Report of the Bombay Veterinary College
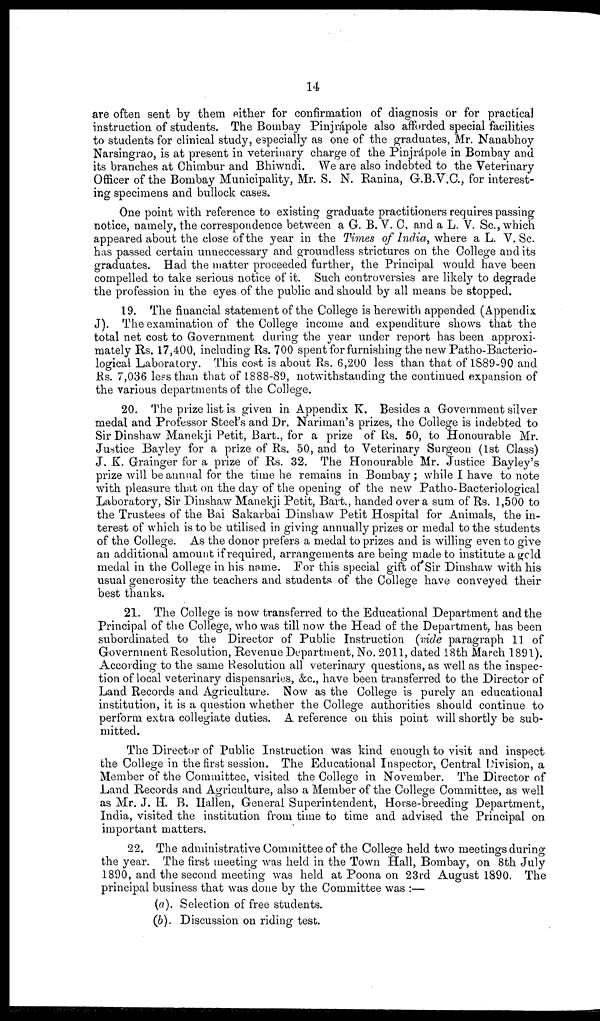
14
are often sent by them either for confirmation of diagnosis or for practical
instruction of students. The Bombay Pinjrápole also afforded special facilities
to students for clinical study, especially as one of the graduates, Mr. Nanabhoy
Narsingrao, is at present in veterinary charge of the Pinjrápole in Bombay and
its branches at Chimbur and Bhiwndi. We are also indebted to the Veterinary
Officer of the Bombay Municipality, Mr. S. N. Ranina, G.B.V.C., for interest-
ing specimens and bullock cases.
One point with reference to existing graduate practitioners requires passing
notice, namely, the correspondence between a G. B. V. C. and a L. V. Sc., which
appeared about the close of the year in the Times of India, where a L. V. Sc.
has passed certain unneccessary and groundless strictures on the College and its
graduates. Had the matter proceeded further, the Principal would have been
compelled to take serious notice of it. Such controversies are likely to degrade
the profession in the eyes of the public and should by all means be stopped.
19. The financial statement of the College is herewith appended (Appendix
J). The examination of the College income and expenditure shows that the
total net cost to Government during the year under report has been approxi-
mately Rs. 17,400, including Rs. 700 spent for furnishing the new Patho-Bacterio-
logical Laboratory. This cost is about Rs. 6,200 less than that of 1889-90 and
Rs. 7,036 less than that of 1888-89, notwithstanding the continued expansion of
the various departments of the College.
20. The prize list is given in Appendix K. Besides a Government silver
medal and Professor Steel's and Dr. Nariman's prizes, the College is indebted to
Sir Dinshaw Manekji Petit, Bart., for a prize of Rs. 50, to Honourable Mr.
Justice Bayley for a prize of Rs. 50, and to Veterinary Surgeon (1st Class)
J. K. Grainger for a prize of Rs. 32. The Honourable Mr. Justice Bayley's
prize will be annual for the time he remains in Bombay ; while I have to note
with pleasure that on the day of the opening of the new Patho-Bacteriological
Laboratory, Sir Dinshaw Manekji Petit, Bart., handed over a sum of Rs. 1,500 to
the Trustees of the Bai Sakarbai Dinshaw Petit Hospital for Animals, the in-
terest of which is to be utilised in giving annually prizes or medal to the students
of the College. As the donor prefers a medal to prizes and is willing even to give
an additional amount if required, arrangements are being made to institute a gold
medal in the College in his name. For this special gift of Sir Dinshaw with his
usual generosity the teachers and students of the College have conveyed their
best thanks.
21. The College is now transferred to the Educational Department and the
Principal of the College, who was till now the Head of the Department, has been
subordinated to the Director of Public Instruction (vide paragraph 11 of
Government Resolution, Revenue Department, No. 2011, dated 18th March 1891).
According to the same Resolution all veterinary questions, as well as the inspec-
tion of local veterinary dispensaries, &c., have been transferred to the Director of
Land Records and Agriculture. Now as the College is purely an educational
institution, it is a question whether the College authorities should continue to
perform extra collegiate duties. A reference on this point will shortly be sub-
mitted.
The Director of Public Instruction was kind enough to visit and inspect
the College in the first session. The Educational Inspector, Central Division, a
Member of the Committee, visited the College in November. The Director of
Land Records and Agriculture, also a Member of the College Committee, as well
as Mr. J. H. B. Hallen, General Superintendent, Horse-breeding Department,
India, visited the institution from time to time and advised the Principal on
important matters.
22. The administrative Committee of the College held two meetings during
the year. The first meeting was held in the Town Hall, Bombay, on 8th July
1890, and the second meeting was held at Poona on 23rd August 1890. The
principal business that was done by the Committee was :—
(a). Selection of free students.
(b). Discussion on riding test.